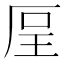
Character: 𠩥